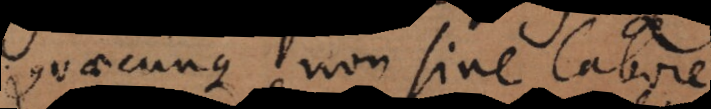
Quaecunque non sine labore